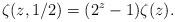
LaTeX: \begin{align*}\zeta(z,1/2)=(2^z-1)\zeta(z).\end{align*}